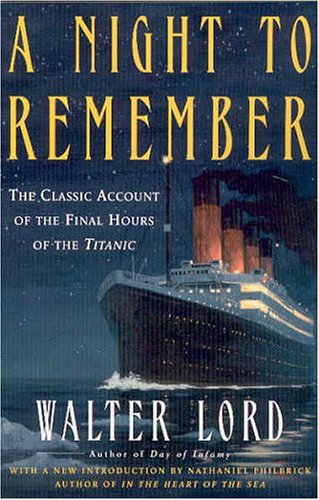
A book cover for A Night to Remember (Holt Paperback); Walter Lord; Engineering & Transportation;